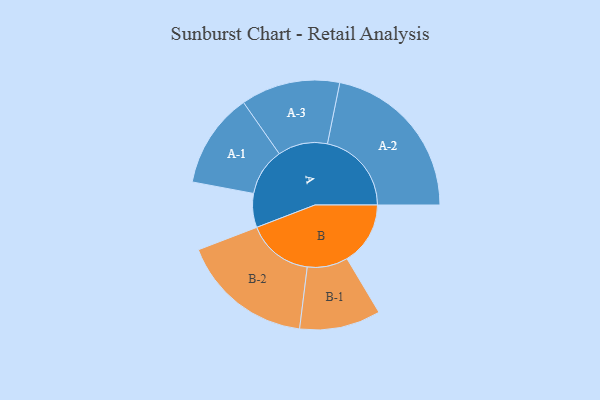
{"axis": {"x": "Segment", "y": "Value"}, "legend": ["", "A", "B"], "data": [{"x": "A", "y": 116, "type": ""}, {"x": "B", "y": 217, "type": ""}, {"x": "A-1", "y": 163, "type": "A"}, {"x": "A-2", "y": 288, "type": "A"}, {"x": "A-3", "y": 170, "type": "A"}, {"x": "B-1", "y": 139, "type": "B"}, {"x": "B-2", "y": 227, "type": "B"}]}